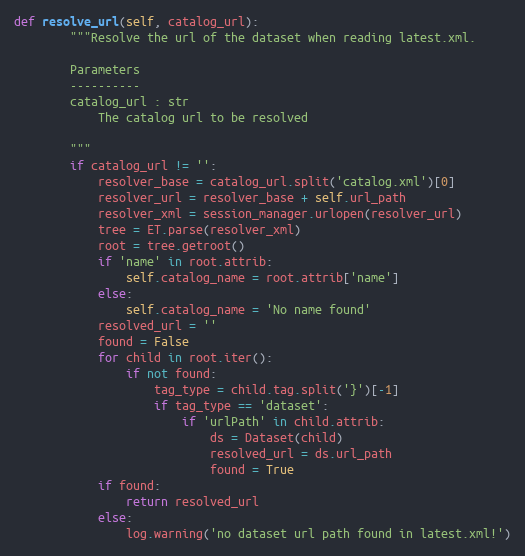
Language: Python
def resolve_url(self, catalog_url):
        """Resolve the url of the dataset when reading latest.xml.

        Parameters
        ----------
        catalog_url : str
            The catalog url to be resolved

        """
        if catalog_url != '':
            resolver_base = catalog_url.split('catalog.xml')[0]
            resolver_url = resolver_base + self.url_path
            resolver_xml = session_manager.urlopen(resolver_url)
            tree = ET.parse(resolver_xml)
            root = tree.getroot()
            if 'name' in root.attrib:
                self.catalog_name = root.attrib['name']
            else:
                self.catalog_name = 'No name found'
            resolved_url = ''
            found = False
            for child in root.iter():
                if not found:
                    tag_type = child.tag.split('}')[-1]
                    if tag_type == 'dataset':
                        if 'urlPath' in child.attrib:
                            ds = Dataset(child)
                            resolved_url = ds.url_path
                            found = True
            if found:
                return resolved_url
            else:
                log.warning('no dataset url path found in latest.xml!')